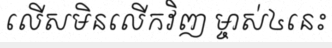
លើសមិនលើកវិញ ម្ចាស់៤នេះ